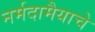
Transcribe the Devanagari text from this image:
नर्मदामैयाचे